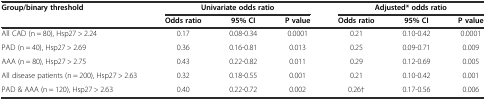
<table><thead><tr><td><b>Group/binary threshold</b></td><td colspan="3"><b>Univariate odds ratio</b></td><td colspan="3"><b>Adjusted* odds ratio</b></td></tr><tr><td></td><td><b>Odds ratio</b></td><td><b>95% CI</b></td><td><b>P value</b></td><td><b>Odds ratio</b></td><td><b>95% CI</b></td><td><b>P value</b></td></tr></thead><tbody><tr><td>All CAD (n = 80), Hsp27 &gt; 2.24</td><td>0.17</td><td>0.08-0.34</td><td>0.0001</td><td>0.21</td><td>0.10-0.42</td><td>0.0001</td></tr><tr><td>PAD (n = 40), Hsp27 &gt; 2.69</td><td>0.36</td><td>0.16-0.81</td><td>0.013</td><td>0.25</td><td>0.09-0.71</td><td>0.009</td></tr><tr><td>AAA (n = 80), Hsp27 &gt; 2.75</td><td>0.43</td><td>0.22-0.82</td><td>0.011</td><td>0.29</td><td>0.12-0.69</td><td>0.005</td></tr><tr><td>All disease patients (n = 200), Hsp27 &gt; 2.63</td><td>0.32</td><td>0.18-0.55</td><td>0.001</td><td>0.21</td><td>0.10-0.42</td><td>0.001</td></tr><tr><td>PAD &amp; AAA (n = 120), Hsp27 &gt; 2.63</td><td>0.40</td><td>0.22-0.72</td><td>0.002</td><td>0.26†</td><td>0.17-0.56</td><td>0.006</td></tr></tbody></table>